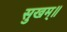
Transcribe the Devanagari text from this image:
सुखम्॥